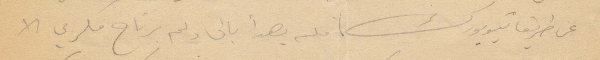
عن طريق نيويورك فلم يهدأ بالي ولم يرتاح فكري الا